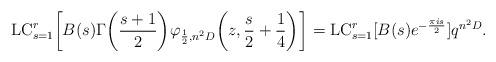
LaTeX: \begin{align*}\mathrm{LC}_{s=1}^r \biggl[B(s)\Gamma\biggl(\frac{s+1}{2}\biggr) \varphi_{\frac{1}{2}, n^2D}\biggl(z, \frac{s}{2} + \frac{1}{4}\biggr)\biggr]^{} = \mathrm{LC}_{s=1}^r [B(s)e^{-\frac{\pi is}{2}}] q^{n^2D}.\end{align*}